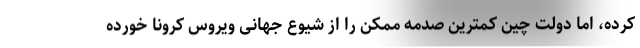
کرده، اما دولت چین کمترین صدمه ممکن را از شیوع جهانی ویروس کرونا خورده